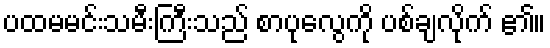
ပထမမင်းသမီးကြီးသည် စာပုလွေကို ပစ်ချလိုက် ၏။